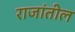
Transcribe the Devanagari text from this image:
राजांतील